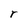
Character: r